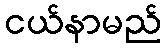
ငယ်နာမည်